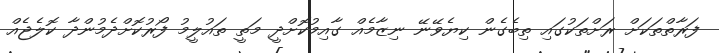
ފަރާތްތަކަށް ރަށްތަކުގައި ތިބެގެން ކިޔެވޭނޭ ނިޒާމެއް ގާއިމުކޮށްދީ މަތީ ތައުލީމު ފޯރުކޮށްދެމުންދާ ކޮލެޖެއް